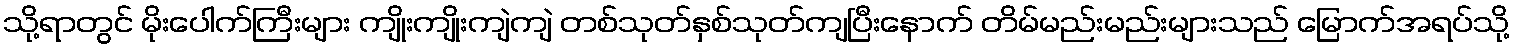
သို့ရာတွင် မိုးပေါက်ကြီးများ ကျိုးကျိုးကျဲကျဲ တစ်သုတ်နှစ်သုတ်ကျပြီးနောက် တိမ်မည်းမည်းများသည် မြောက်အရပ်သို့